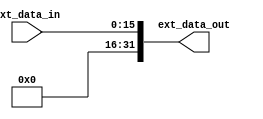
`timescale 1ns / 1ps

module Extender 
#(  parameter BIT_WIDTH_IN=16,
    parameter BIT_WIDTH_OUT = 32,
    parameter TYPE=0
 )
(
    input [BIT_WIDTH_IN-1:0] ext_data_in,
    output [BIT_WIDTH_OUT-1:0] ext_data_out
); 

    wire [BIT_WIDTH_OUT-1:0]signed_ext;
    wire [BIT_WIDTH_OUT-1:0]unsigned_ext;
    
    assign signed_ext=({{( BIT_WIDTH_OUT - BIT_WIDTH_IN){ ext_data_in[BIT_WIDTH_IN-1] } }, ext_data_in });
    assign unsigned_ext=({{( BIT_WIDTH_OUT - BIT_WIDTH_IN){ 1'b0 } }, ext_data_in });

    assign ext_data_out = TYPE?signed_ext:unsigned_ext;
    
endmodule